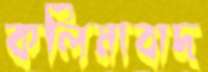
কলিমাবাদ